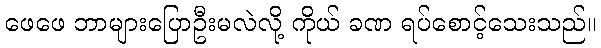
ဖေဖေ ဘာများပြောဦးမလဲလို့ ကိုယ် ခဏ ရပ်စောင့်သေးသည်။